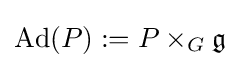
\operatorname {Ad} (P):=P\times _{G}{\mathfrak {g}}